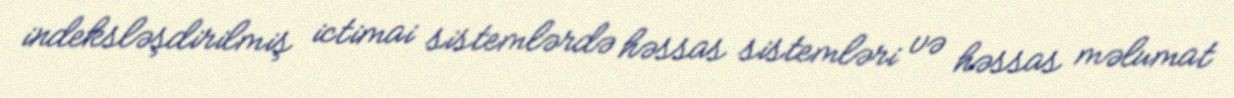
indeksləşdirilmiş ictimai sistemlərdə həssas sistemləri və həssas məlumat